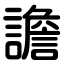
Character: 譫